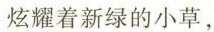
炫耀着新绿的小草，